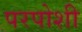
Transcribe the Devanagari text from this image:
परपोशी